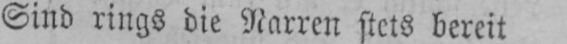
Sind rings die Narren stets bereit